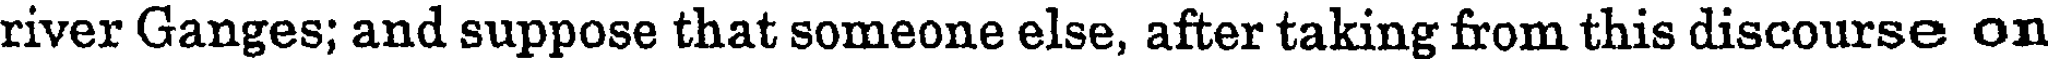
river Ganges; and suppose that someone else, after taking from this discourse on